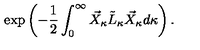
\exp \left( - \frac { 1 } { 2 } \int _ { 0 } ^ { \infty } \vec { X } _ { \kappa } \tilde { L } _ { \kappa } \vec { X } _ { \kappa } d \kappa \right) .